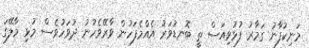
މަނިކުފާނު ގަމާރު ފުޅުވިއަސް ތީ ބޮނޑުވަރު އެއްމެފަހުން ވާރޭވެހުނު ދުވަހުވެސް މުޅި މާލޭގަ